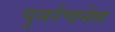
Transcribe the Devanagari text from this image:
पुनर्रचनेस